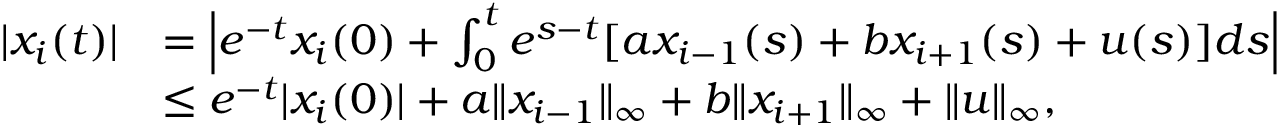
\begin{array} { r l } { | x _ { i } ( t ) | } & { = \Big | e ^ { - t } x _ { i } ( 0 ) + \int _ { 0 } ^ { t } e ^ { s - t } [ a x _ { i - 1 } ( s ) + b x _ { i + 1 } ( s ) + u ( s ) ] d s \Big | } \\ & { \leq e ^ { - t } | x _ { i } ( 0 ) | + a \| x _ { i - 1 } \| _ { \infty } + b \| x _ { i + 1 } \| _ { \infty } + \| u \| _ { \infty } , } \end{array}